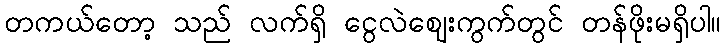
တကယ်တော့ သည် လက်ရှိ ငွေလဲဈေးကွက်တွင် တန်ဖိုးမရှိပါ။